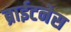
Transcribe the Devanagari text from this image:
ब्राईटनेस